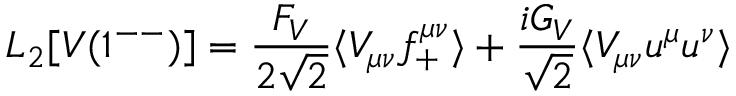
{ \cal L } _ { 2 } [ V ( 1 ^ { - - } ) ] = \frac { F _ { V } } { 2 \sqrt { 2 } } \langle V _ { \mu \nu } f _ { + } ^ { \mu \nu } \rangle + \frac { i G _ { V } } { \sqrt { 2 } } \langle V _ { \mu \nu } u ^ { \mu } u ^ { \nu } \rangle